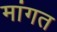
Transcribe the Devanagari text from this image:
मांगत